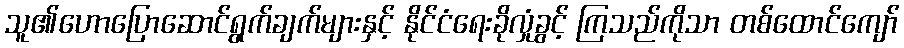
သူ၏ဟောပြောဆောင်ရွက်ချက်များနှင့် နိုင်ငံရေးခိုလှုံခွင့် ကြသည်ကိုသာ တစ်ထောင်ကျော်